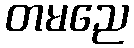
တမညေ